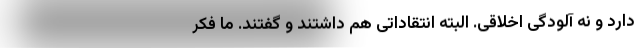
دارد و نه آلودگی اخلاقی. البته انتقاداتی هم داشتند و گفتند. ما فکر